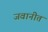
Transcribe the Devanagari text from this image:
जवानीत